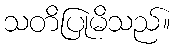
သတိပြုမိသည်။